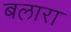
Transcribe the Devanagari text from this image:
बलारा